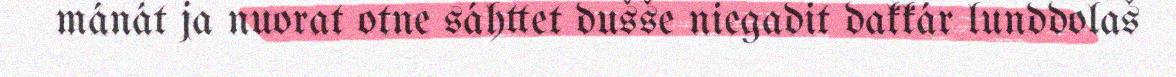
mánát ja nuorat otne sáhttet dušše niegadit dakkár lunddolaš